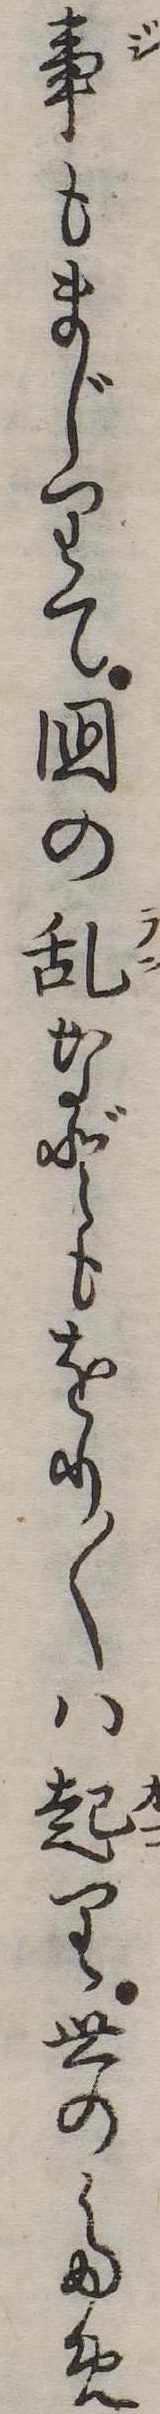
事もまじりて国の乱などもをり〱は起り世のため